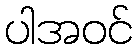
ပါအဝင်